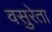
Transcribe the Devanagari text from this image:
वसुरेता